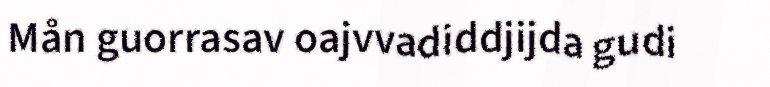
Mån guorrasav oajvvadiddjijda gudi